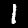
Digit: 1